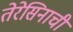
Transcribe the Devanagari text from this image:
तेरेसिनाची